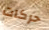
حركات